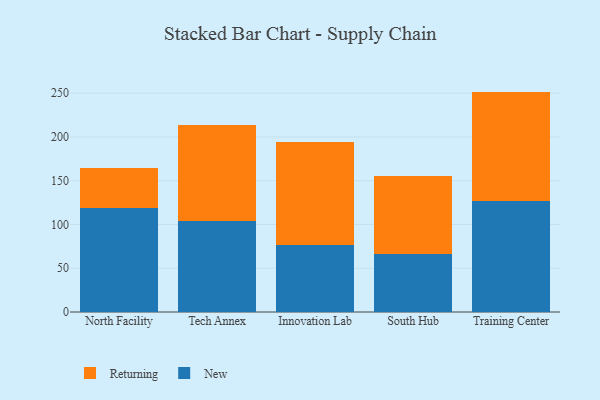
{"axis": {"x": "Campus", "y": "Page Views"}, "legend": ["New", "Returning"], "data": [{"x": "North Facility", "y": 119.2, "type": "New"}, {"x": "North Facility", "y": 45.0, "type": "Returning"}, {"x": "Tech Annex", "y": 103.7, "type": "New"}, {"x": "Tech Annex", "y": 110.0, "type": "Returning"}, {"x": "Innovation Lab", "y": 76.8, "type": "New"}, {"x": "Innovation Lab", "y": 117.9, "type": "Returning"}, {"x": "South Hub", "y": 66.8, "type": "New"}, {"x": "South Hub", "y": 89.0, "type": "Returning"}, {"x": "Training Center", "y": 127.3, "type": "New"}, {"x": "Training Center", "y": 124.5, "type": "Returning"}]}